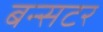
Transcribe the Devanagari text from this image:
बन्सटर